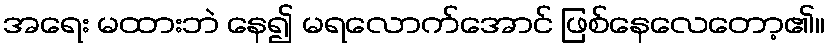
အရေး မထားဘဲ နေ၍ မရလောက်အောင် ဖြစ်နေလေတော့၏။